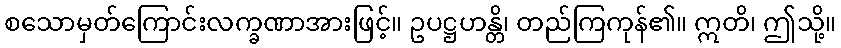
စသောမှတ်ကြောင်းလက္ခဏာအားဖြင့်။ ဥပဋ္ဌဟန္တိ၊ တည်ကြကုန်၏။ ဣတိ၊ ဤသို့။